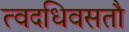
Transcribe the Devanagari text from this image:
त्वदधिवसतौ